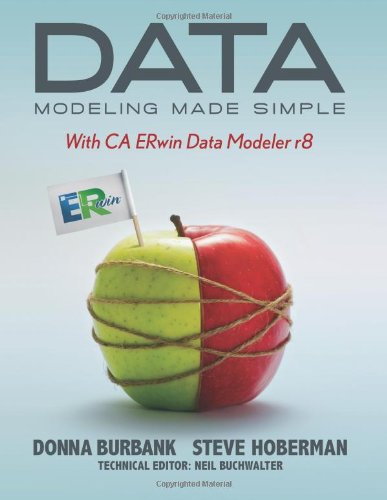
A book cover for Data Modeling Made Simple with CA ERwin Data Modeler r8; Donna Burbank; Computers & Technology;